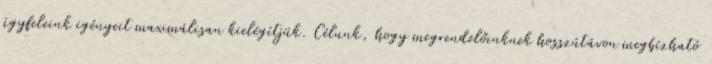
ügyfeleink igényeit maximálisan kielégítjük. Célunk, hogy megrendelőinknek hosszútávon megbízható